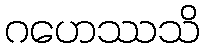
ဂဟေဿသိ